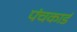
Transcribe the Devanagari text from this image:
पंचकार्ड